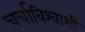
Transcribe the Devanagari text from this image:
चर्चाविश्वाशी